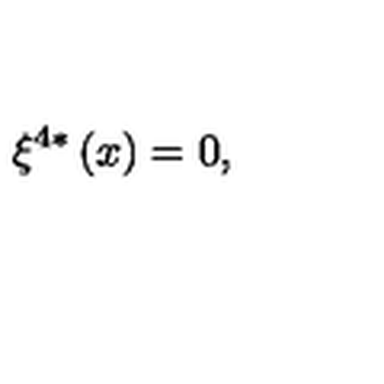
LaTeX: \xi ^ { 4 \ast } \left( x \right) = 0 ,